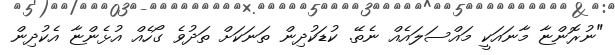
"ނުރޮންޏާ މާނައަކީ މައްސަލައެއް ނެތޭ. ކުޑަކުދިން ތަނަކަށް ތަދުވެ ގޯހެއް އުޅެންޏާ އެކުދިން